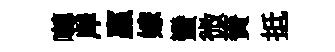
囀岸贏嫁蠻微賚抵